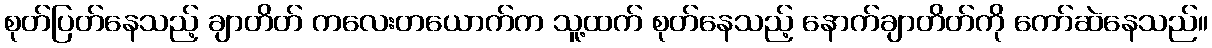
စုတ်ပြတ်နေသည့် ချာတိတ် ကလေးတယောက်က သူ့ထက် စုတ်နေသည့် နောက်ချာတိတ်ကို ကော်ဆဲနေသည်။